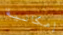
إمكانية